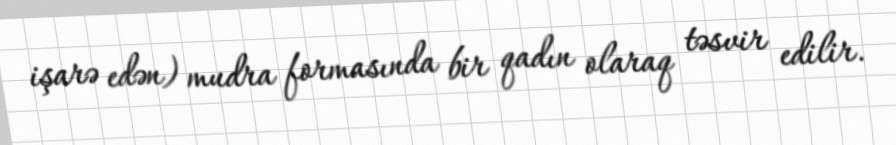
işarə edən) mudra formasında bir qadın olaraq təsvir edilir.